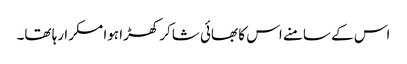
اس کے سامنے اس کا بھائی شاکر کھڑا ہوا مسکرا رہا تھا۔